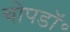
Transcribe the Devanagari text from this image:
चोपडॉ॰